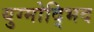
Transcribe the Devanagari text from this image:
युग्मोद्भिद